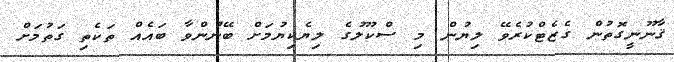
ޤާނޫނީގޮތުން ގެޒެޓްކުރެވޭ ލިޔުން މި ސްކޫލުގެ ލިޔެކިޔުމަށް ބޭނުންވާ ބައެއް ތަކެތި ގަތުމަށް